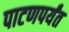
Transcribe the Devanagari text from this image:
पाटणपर्यंत